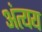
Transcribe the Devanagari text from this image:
अंत्यय